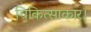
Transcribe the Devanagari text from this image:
चिकित्साकार।